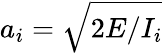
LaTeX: a_{i}=\sqrt{2E/I_{i}}